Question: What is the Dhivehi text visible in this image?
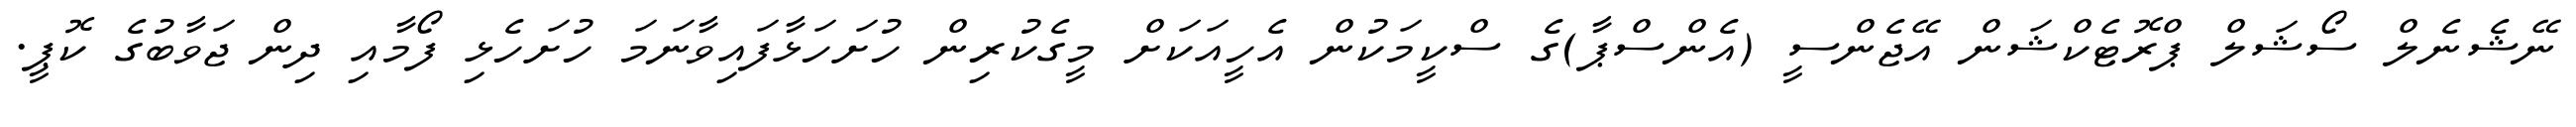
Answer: ނޭޝެނެލް ސޯޝަލް ޕްރޮޓެކްޝަން އޭޖެންސީ (އެންސްޕާ)ގެ ސްކީމަކުން އެހީއަކަށް މީގެކުރިން ހުށަހަޅާފައިވާނަމަ ހުށަހެޅި ފޯމާއި ދިން ޖަވާބުގެ ކޮޕީ.